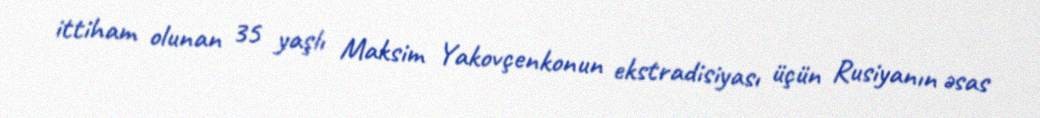
ittiham olunan 35 yaşlı Maksim Yakovçenkonun ekstradisiyası üçün Rusiyanın əsas